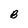
Character: B